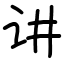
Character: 讲